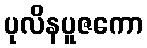
ပုလိနပူဇကော